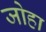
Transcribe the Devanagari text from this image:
जोहा